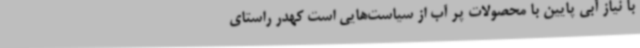
با نیاز آبی پایین با محصولات پر آب از سیاست‌هایی است کهدر راستای